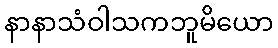
နာနာသံဝါသကဘူမိယော